Civil Veterinary Department Bengal reports 1933-51 - 1933-1951
Year: 1933
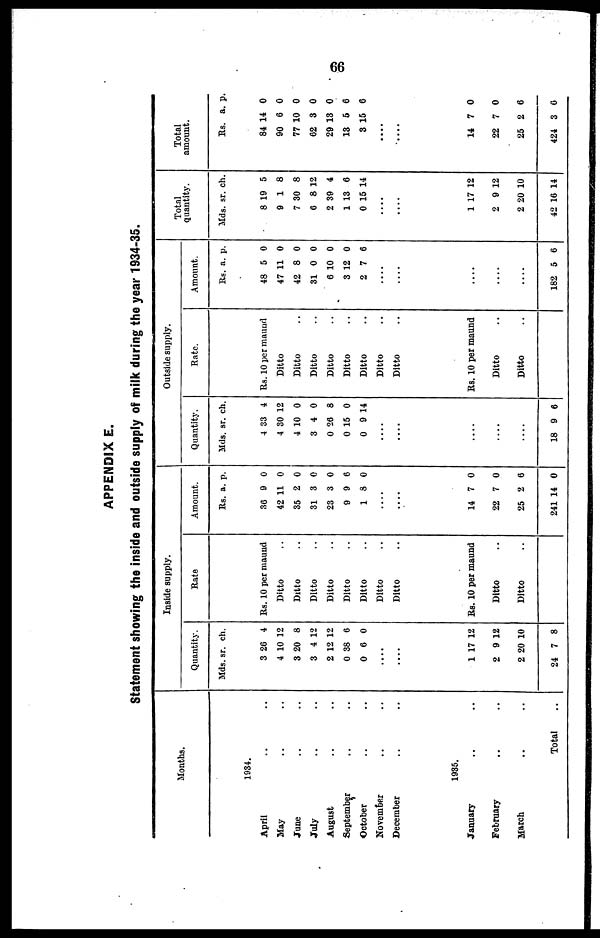
66
APPENDIX E.
Statement showing the inside and outside supply of milk during the year 1934-35.
Mouths.
1934.
April .. ..
May .. ..
June .. ..
July .. ..
August .. ..
September .. ..
October .. ..
November .. ..
December .. ..
1935.
January .. ..
February
.. ..
March
.. ..
Total ..
Inside supply.
Quantity.
Mds.
3
4
3
3
2
0
0
...
....
1
2
2
24
sr.
26
10
20
4
12
38
6
.
17
9
20
7
ch.
4
12
8
12
12
6
0
12
12
10
8
Rate
Rs. 10 per maund
Ditto ..
Ditto ..
Ditto ..
Ditto ..
Ditto ..
Ditto ..
Ditto ..
Ditto ..
Rs. 10 per maund
Ditto ..
Ditto ..
Amount.
Rs.
36
42
35
31
23
9
1
....
14
22
25
241
a.
9
11
2
3
3
9
8
7
7
2
14
p.
0
0
0
0
0
6
0
0
0
6
0
Outside supply.
Quantity.
Mds.
4
4
4
3
0
0
0
....
....
....
....
18
sr.
33
30
10
4
26
15
9
9
ch.
4
12
0
0
8
0
14
6
Rate.
Rs. 10 per maund
Ditto ..
Ditto ..
Ditto ..
Ditto ..
Ditto ..
Ditto ..
Ditto ..
Ditto ..
Rs. 10 per maund
Ditto ..
Ditto ..
Amount.
Rs.
48
47
42
31
6
3
2
....
....
....
....
....
182
a.
5
11
8
0
10
12
7
5
p.
0
0
0
0
0
0
6
6
Tota
quantity.
Mds.
8
9
7
6
2
1
0
...
...
1
2
2
42
sr.
19
1
30
8
39
13
15
.
.
17
9
20
16
ch.
5
8
8
12
4
6
14
12
12
10
14
Total
amount.
Rs.
84
90
77
62
29
13
3
....
....
14
22
25
424
a.
14
6
10
3
13
5
15
7
7
2
3
p.
0
0
0
0
0
6
6
0
0
6
6